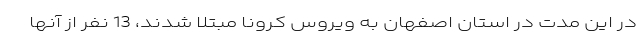
در این مدت در استان اصفهان به ویروس کرونا مبتلا شدند، 13 نفر از آنها